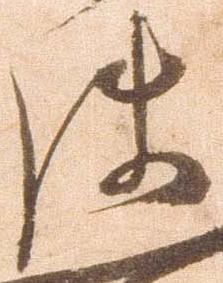
使